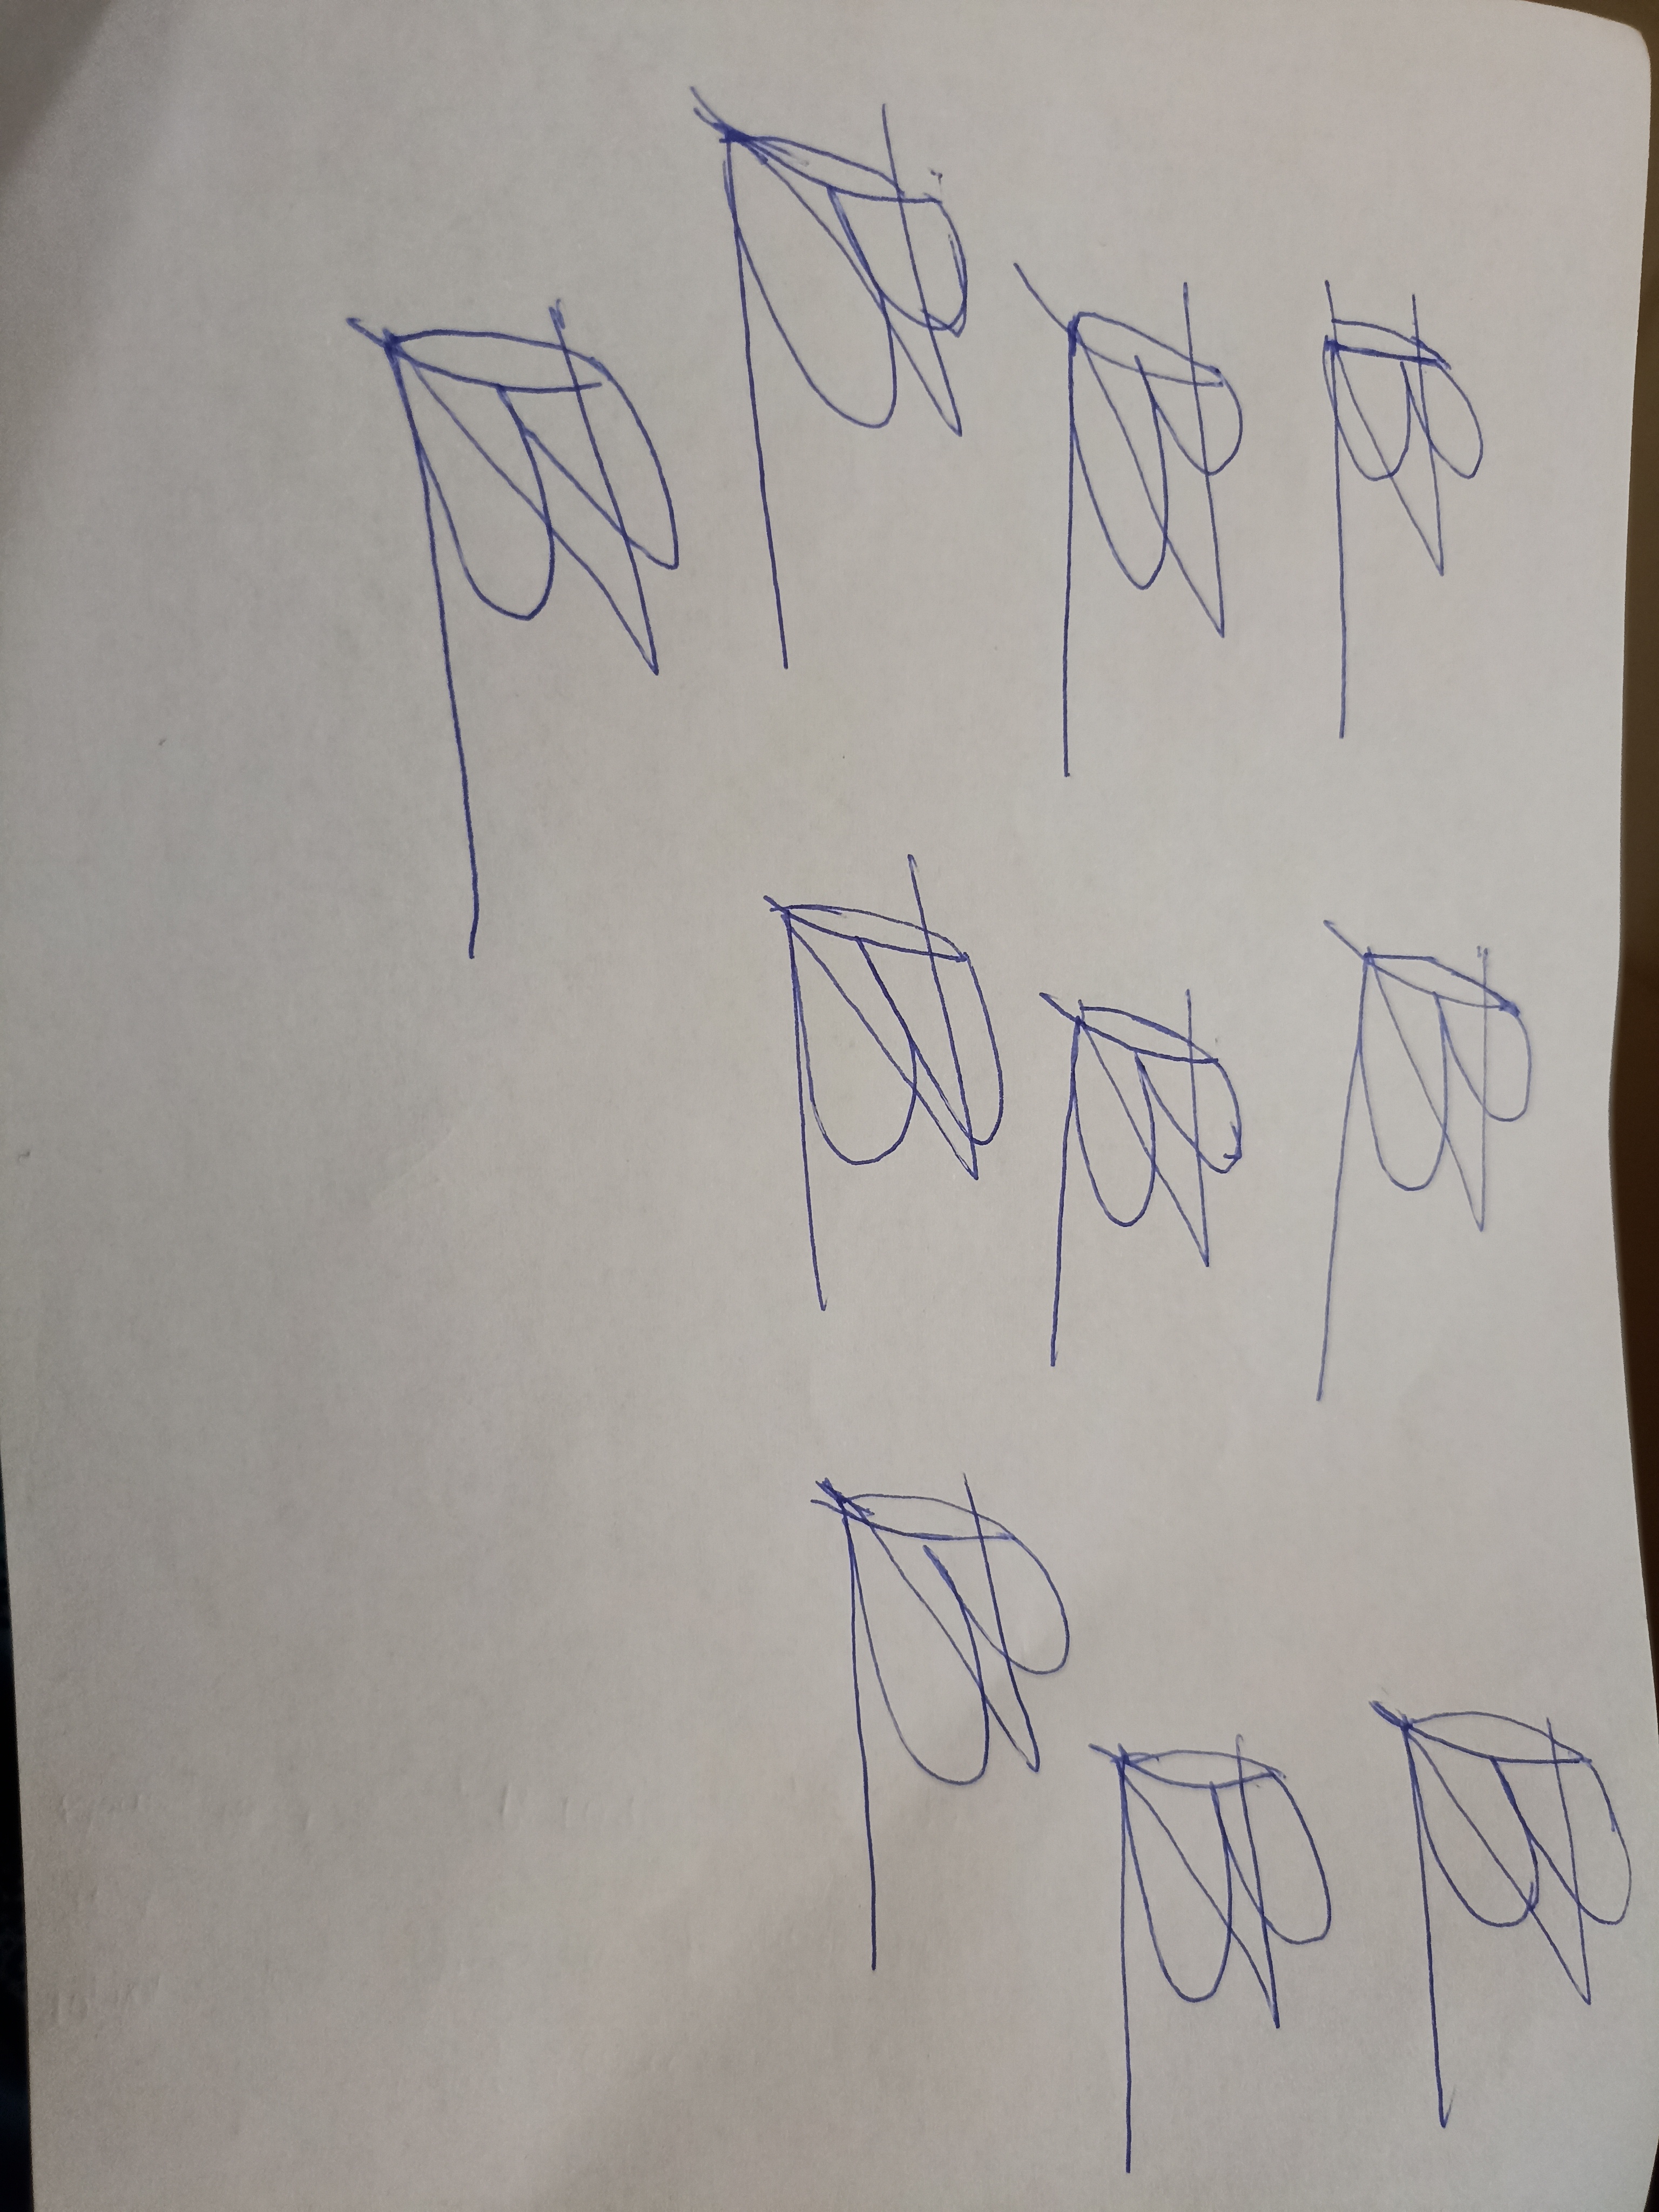
Signature authenticity: forged